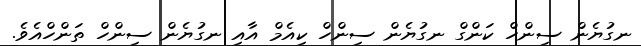
ނގުޔެން ސިންހް ކަންގް ނގުޔެން ސިންހް ކިއެމް އާއި ނގުޔެން ސިންހް ތަންހްއެވެ.